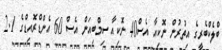
ބްލެކްބެރީގެ އިތުރުން ނޮކިއާ އެސް40 ނޮކިއާ ސިމްބިއަން އެސް 60 އެންޑްރޮއިޑްގެ 2.1